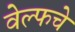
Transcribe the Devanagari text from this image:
वेल्फचे